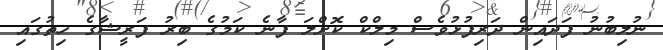
ނުލިބުނު ފަދައިން ދަރިފުޅުވެސް މިލްކް ކޮށްލަ ފާނެ ކަމުގެ ބިރު ފަރީޝާގެ ހިތުގައި